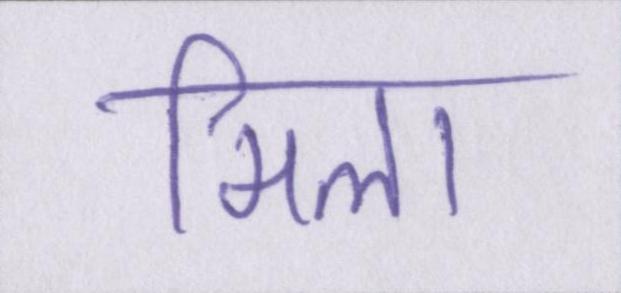
मिला